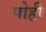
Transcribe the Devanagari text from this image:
पोही